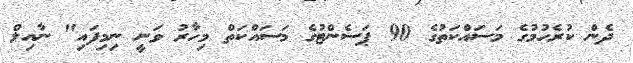
ދެން ކުރެހުމުގެ މަސައްކަތުގެ 90 ޕަސެންޓުގެ މަސައްކަތް މިހާރު ވަނީ ނިމިފައި" ނާއިލް